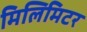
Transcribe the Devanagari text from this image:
मिलिमिटर